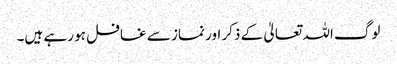
لوگ اللہ تعالیٰ کے ذکر اور نماز سے غافل ہو رہے ہیں۔